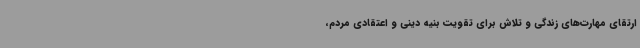
ارتقای مهارت‌های زندگی و تلاش برای تقویت بنیه دینی و اعتقادی مردم،